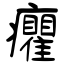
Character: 癯